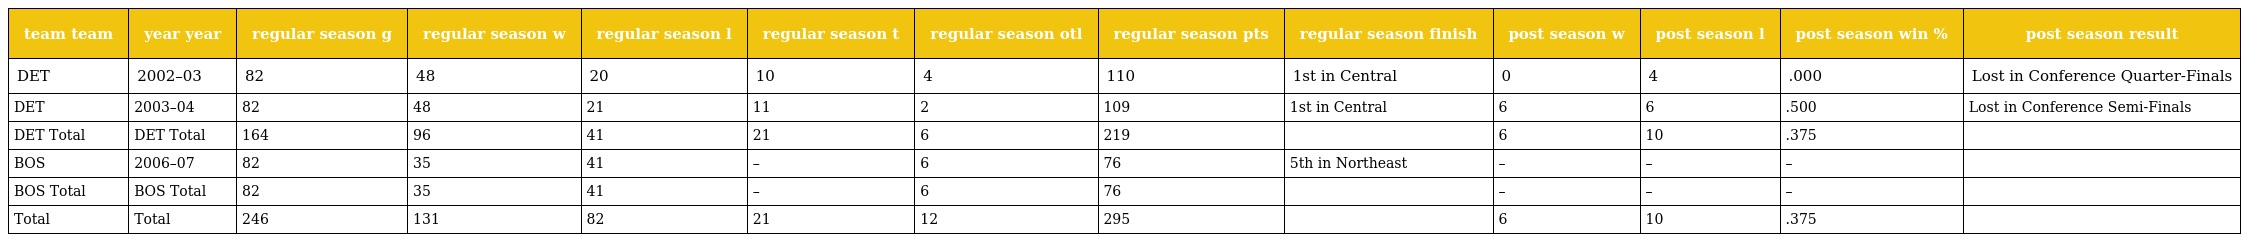
| team team | year year | regular season g | regular season w | regular season l | regular season t | regular season otl | regular season pts | regular season finish | post season w | post season l | post season win % | post season result |
 | --- | --- | --- | --- | --- | --- | --- | --- | --- | --- | --- | --- | --- |
 | DET | 2002–03 | 82 | 48 | 20 | 10 | 4 | 110 | 1st in Central | 0 | 4 | .000 | Lost in Conference Quarter-Finals |
 | DET | 2003–04 | 82 | 48 | 21 | 11 | 2 | 109 | 1st in Central | 6 | 6 | .500 | Lost in Conference Semi-Finals |
 | DET Total | DET Total | 164 | 96 | 41 | 21 | 6 | 219 |  | 6 | 10 | .375 |  |
 | BOS | 2006–07 | 82 | 35 | 41 | – | 6 | 76 | 5th in Northeast | – | – | – |  |
 | BOS Total | BOS Total | 82 | 35 | 41 | – | 6 | 76 |  | – | – | – |  |
 | Total | Total | 246 | 131 | 82 | 21 | 12 | 295 |  | 6 | 10 | .375 |  |